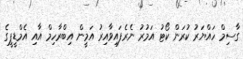
ގާސިމް ހައްޔަރު ކުރަން ކޯޓު އަމުރު ނެރެފައިވާއިރު އަމީން އިބްރާހިމް އާއި އެމްޑީޕީގެ